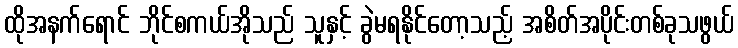
ထိုအနက်ရောင် ဘိုင်စကယ်အိုသည် သူနှင့် ခွဲမရနိုင်တော့သည့် အစိတ်အပိုင်းတစ်ခုသဖွယ်